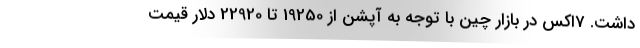
داشت. 7اکس در بازار چین با توجه به آپشن از 19250 تا 22920 دلار قیمت